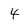
Character: 4